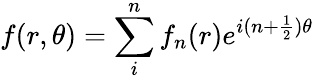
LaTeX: \displaystyle f(r,\theta)=\sum_{i}^{n}{f_{n}(r)e^{i(n+\frac{1}{2})\theta}}